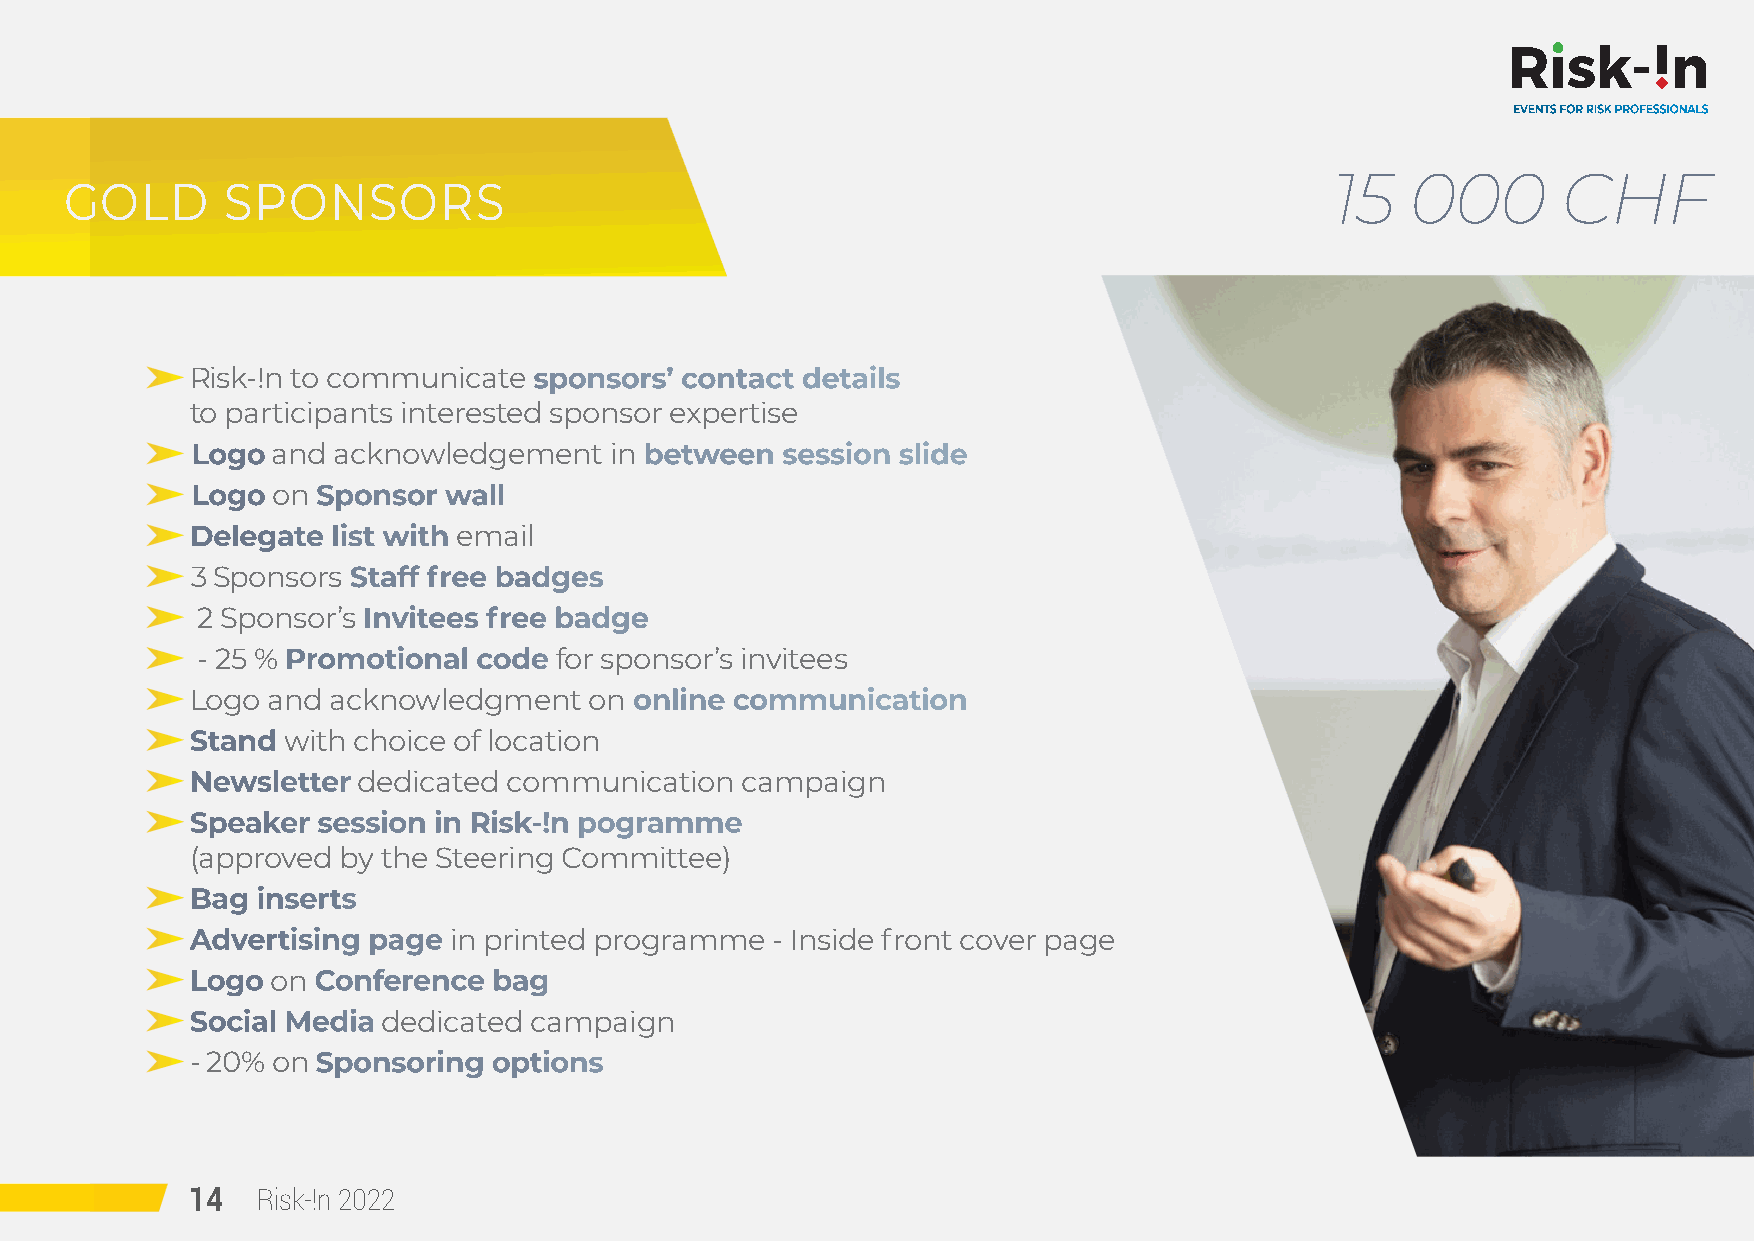
EVENTS FOR RISK PROFESSIONALS
 15   000       CHF
 GOLD       SPONSORS
 R isk-!n to communicate sponsors’ contact details
 to participants interested sponsor expertise
 Logo and acknowledgement   in between  session slide
 Logo on Sponsor wall
 D elegate list with email
 3 Sponsors Staff free badges
 2 Sponsor’s Invitees free badge
 - 25 % Promotional code for sponsor’s invitees
 Logo and acknowledgment   on online communication
 S tand with choice of location
 N ewsletter dedicated communication campaign
 S peaker session in Risk-!n pogramme
 (approved by the Steering Committee)
 B ag inserts
 A dvertising page in printed programme - Inside front cover page
 Logo on Conference  bag
 S ocial Media dedicated campaign
 - 20% on Sponsoring options
 14  Risk-!n 2022